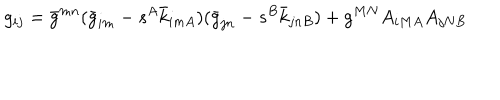
g _ { i j } = \bar { g } ^ { m n } ( \bar { g } _ { i m } - s ^ { A } \bar { k } _ { i m A } ) ( \bar { g } _ { j n } - s ^ { B } \bar { k } _ { j n B } ) + g ^ { M N } A _ { i M A } A _ { j N B }